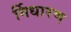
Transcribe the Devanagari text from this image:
र्निधारण